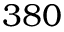
3 8 0